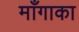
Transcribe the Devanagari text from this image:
माँगाका